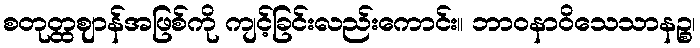
စတုတ္ထဈာန်အဖြစ်ကို ကျင့်ခြင်းလည်းကောင်း။ ဘာဝနာဝိသေသာနဉ္စ၊